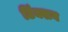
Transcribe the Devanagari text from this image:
टिंक्शन